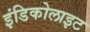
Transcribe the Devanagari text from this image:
इंडिकोलाइट